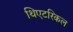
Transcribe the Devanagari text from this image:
थिएटरिकल